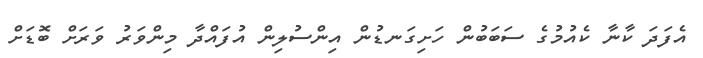
އެފަދަ ކާނާ ކެއުމުގެ ސަބަބުން ހަށިގަނޑުން އިންސުލިން އުފައްދާ މިންވަރު ވަރަށް ބޮޑަށް